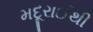
મદૂરાઈથી